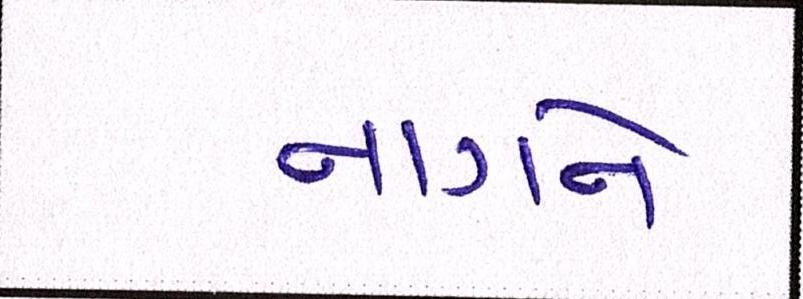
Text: નાગને